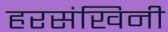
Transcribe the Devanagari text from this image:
हरसंखिनी